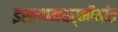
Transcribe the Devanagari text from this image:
इस्लामधर्मीयांत